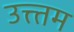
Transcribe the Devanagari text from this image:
उत्त्तम